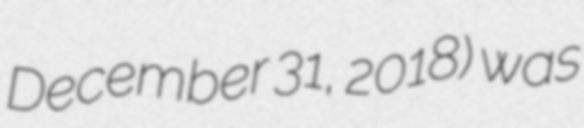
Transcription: December 31, 2018) was